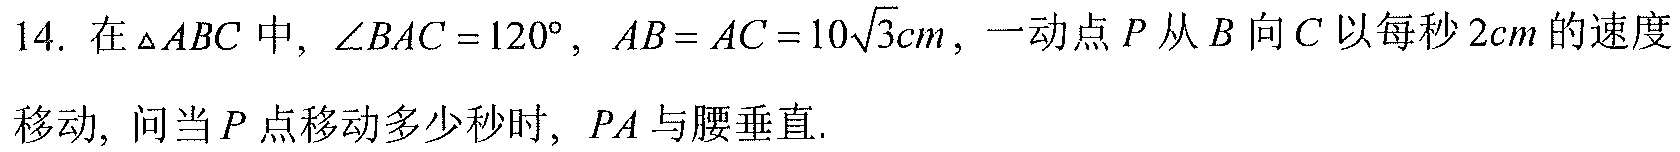
14. 在\(\triangle ABC\) 中, \(\angle BAC = 120^{\circ}\), \(AB = AC = 10\sqrt{3}cm\), 一动点 \(P\) 从 \(B\) 向 \(C\) 以每秒 \(2cm\) 的速度移动, 问当 \(P\) 点移动多少秒时, \(PA\) 与腰垂直.